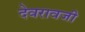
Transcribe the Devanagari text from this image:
देवरावजी